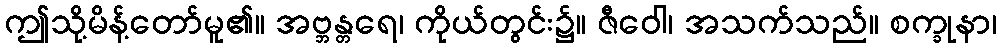
ဤသို့မိန့်တော်မူ၏။ အဗ္ဘန္တရေ၊ ကိုယ်တွင်း၌။ ဇီဝေါ၊ အသက်သည်။ စက္ခုနာ၊